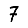
Digit: 7